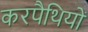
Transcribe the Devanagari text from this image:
करपैथियों